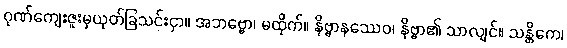
ဂုဏ်ကျေးဇူးမှယုတ်ခြသင်းငှာ။ အဘဗ္ဗော၊ မထိုက်။ နိဗ္ဗာနဿေဝ၊ နိဗ္ဗာ၏ သာလျင်။ သန္တိကေ၊